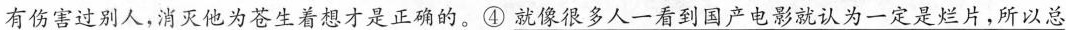
有伤害过别人，消灭他为苍生着想才是正确的。④\underline{就像很多人一看到国产电影就认为一定是烂片，所以总}